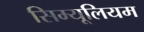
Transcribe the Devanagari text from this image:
सिम्यूलियम